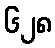
၆၂၈